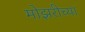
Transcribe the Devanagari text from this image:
मोझरीच्या